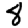
Digit: 8